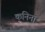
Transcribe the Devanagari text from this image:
कनिना